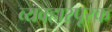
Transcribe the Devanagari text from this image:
व्यवहारपूरक